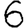
Digit: 6